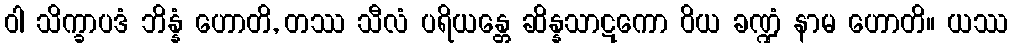
ဝါ သိက္ခာပဒံ ဘိန္နံ ဟောတိ, တဿ သီလံ ပရိယန္တေ ဆိန္နသာဋကော ဝိယ ခဏ္ဍံ နာမ ဟောတိ။ ယဿ